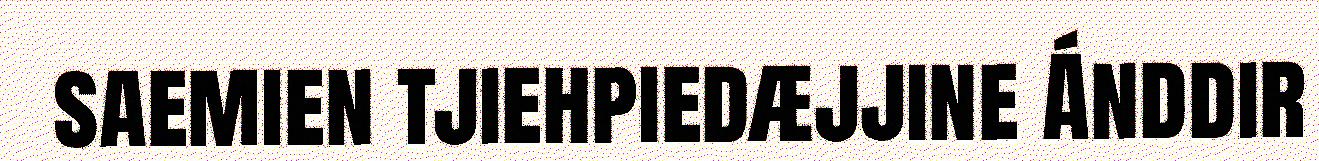
saemien tjiehpiedæjjine Ánddir